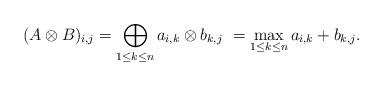
LaTeX: \begin{align*}(A \otimes B)_{i,j} = \bigoplus_{1 \leq k \leq n} a_{i,k} \otimes b_{k,j} \ = \max_{1 \leq k \leq n} a_{i,k} + b_{k,j}.\end{align*}